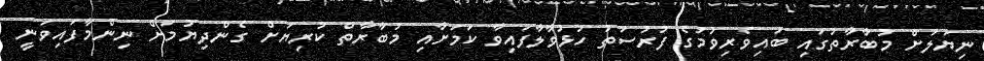
ނިޔަލަށް މުބާރާތުގައި ބައިވެރިވުމުގެ ފުރުސަތު ހުޅުވާލާފައިވާ ކަމަށާއި މުބާރާތް ކުރިޔަށް ގެންދިޔުމަށް ނިންމާފައިވަނީ